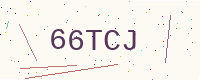
Text: 66TCJ